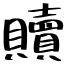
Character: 贖